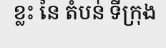
ខ្លះ នៃ តំបន់ ទីក្រុង